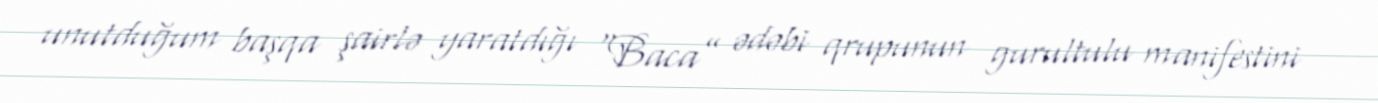
unutduğum başqa şairlə yaratdığı “Baca” ədəbi qrupunun gurultulu manifestini